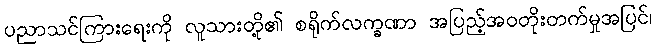
ပညာသင်ကြားရေးကို လူသားတို့၏ စရိုက်လက္ခဏာ အပြည့်အဝတိုးတက်မှုအပြင်၊